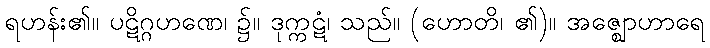
ရဟန်း၏။ ပဋိဂ္ဂဟဏေ၊ ၌။ ဒုက္ကဋံ၊ သည်။ (ဟောတိ၊ ၏)။ အဇ္ဈောဟာရေ